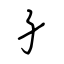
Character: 孑